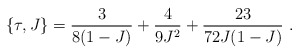
\begin{align*}\{ \tau , J \} = \frac{3}{8 ( 1 - J )} +\frac{4}{9J^2} + \frac{23}{72 J(1-J)} \ .\end{align*}